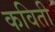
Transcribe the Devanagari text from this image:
कविती